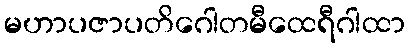
မဟာပဇာပတိဂေါတမီထေရီဂါထာ